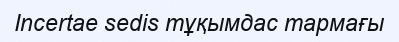
Incertae sedis тұқымдас тармағы